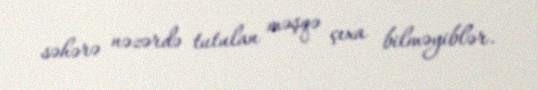
səhərə nəzərdə tutulan məşqə çıxa bilməyiblər.